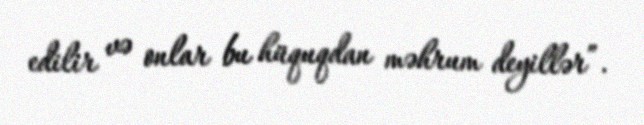
edilir və onlar bu hüquqdan məhrum deyillər”.